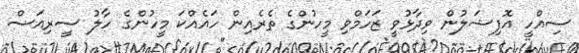
ސިއްހީ އޮފިޝަލުން ވިދާޅުވީ ޒަހަމްވި މީހުންގެ ތެރެއިން ހައެއްކަ މީހުންގެ ހާލު ސީރިއަސް